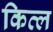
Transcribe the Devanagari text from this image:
कित्ल